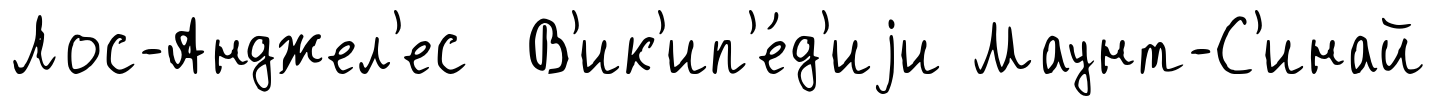
Лос-Анджел'ес В'ик'ип'е́д'иjи Маунт-С'инай